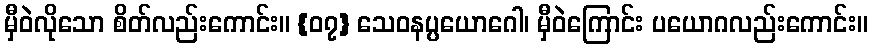
မှီဝဲလိုသော စိတ်လည်းကောင်း။ {၀၇} သေဝနပ္ပယောဂေါ၊ မှီဝဲကြောင်း ပယောဂလည်းကောင်း။